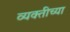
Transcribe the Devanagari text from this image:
व्‍यक्‍तीच्‍या